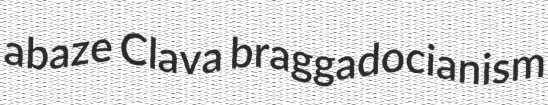
abaze Clava braggadocianism